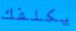
يكلفك